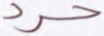
حرد